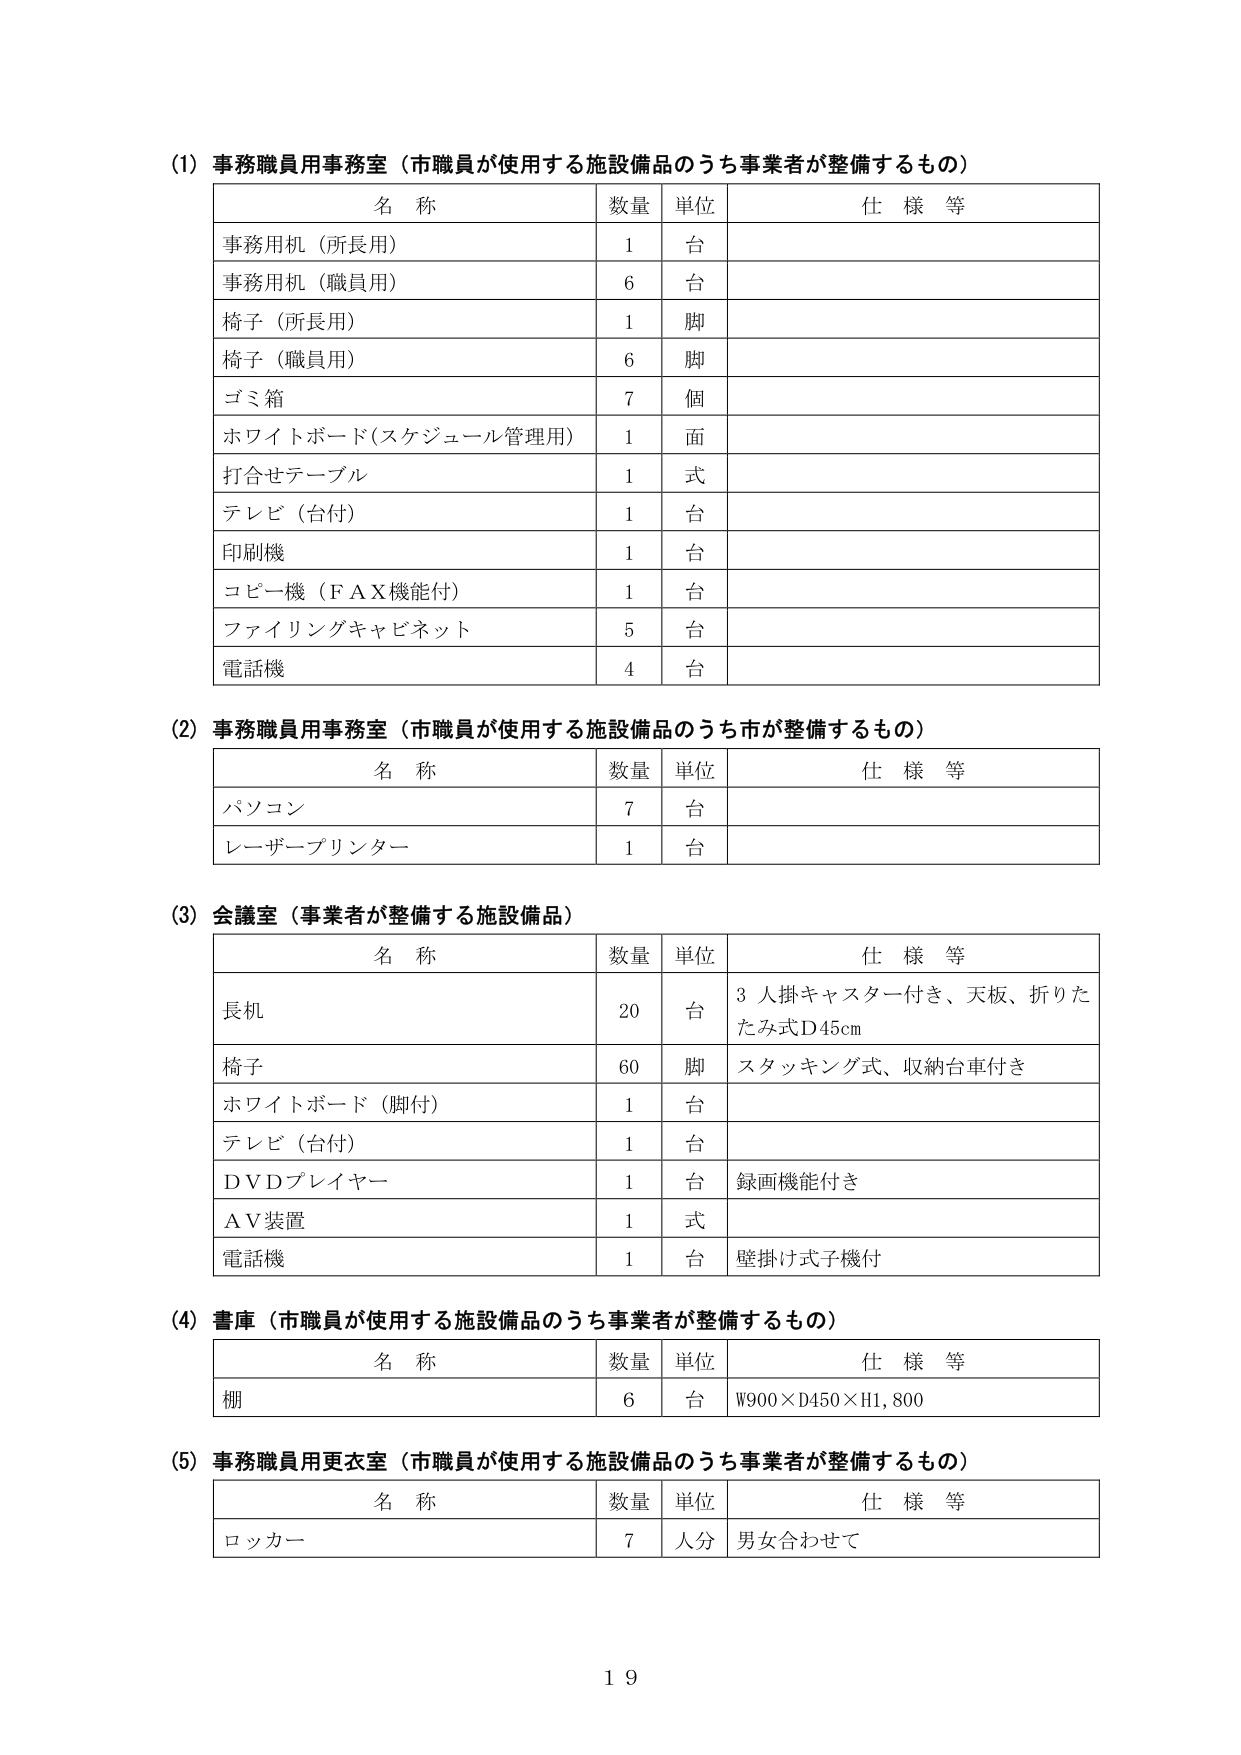
(1) 事務職員用事務室（市職員が使用する施設備品のうち事業者が整備するもの）

名 称 数量 単位 仕 様 等
事務用机（所長用） 1 台
事務用机（職員用） 6 台
椅子（所長用） 1 脚
椅子（職員用） 6 脚
ゴミ箱 7 個
ホワイトボード（スケジュール管理用） 1 面
打合せテーブル 1 式
テレビ（台付） 1 台
印刷機 1 台
コピー機（ＦＡＸ機能付） 1 台
ファイリングキャビネット 5 台
電話機 4 台

(2) 事務職員用事務室（市職員が使用する施設備品のうち市が整備するもの）

名 称 数量 単位 仕 様 等
パソコン 7 台
レーザープリンター 1 台

(3) 会議室（事業者が整備する施設備品）

名 称 数量 単位 仕 様 等
長机 20 台 3人掛キャスター付き、天板、折りたたみ式D45cm
椅子 60 脚 スタッキング式、収納台車付き
ホワイトボード（脚付） 1 台
テレビ（台付） 1 台
ＤＶＤプレイヤー 1 台 録画機能付き
ＡＶ装置 1 式
電話機 1 台 壁掛け式子機付

(4) 書庫（市職員が使用する施設備品のうち事業者が整備するもの）

名 称 数量 単位 仕 様 等
棚 6 台 W900×D450×H1,800

(5) 事務職員用更衣室（市職員が使用する施設備品のうち事業者が整備するもの）

名 称 数量 単位 仕 様 等
ロッカー 7 人分 男女合わせて

19